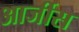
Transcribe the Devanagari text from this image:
आर्जीस